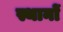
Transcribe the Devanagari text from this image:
स्थानाें